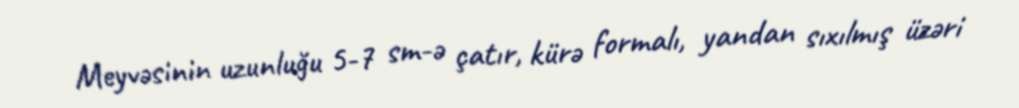
Meyvəsinin uzunluğu 5-7 sm-ə çatır, kürə formalı, yandan sıxılmış üzəri